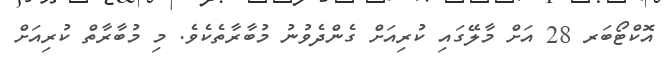
އޮކްޓޯބަރ 28 އަށް މާލޭގައި ކުރިއަށް ގެންދެވުނު މުބާރާތެކެވެ. މި މުބާރާތް ކުރިއަށް